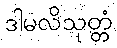
ဒါမလိသုတ္တံ